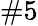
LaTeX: \# 5